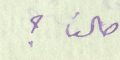
حالنا ؟